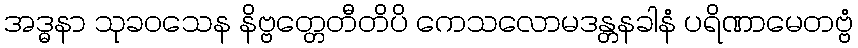
အဒ္ဓနာ သုခဝသေန နိဗ္ဗတ္တေတီတိပိ ကေသလောမဒန္တနခါနံ ပရိဏာမေတဗ္ဗံ